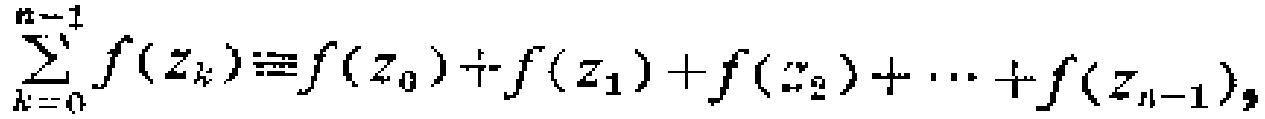
\(\sum_{k = 0}^{n - 1} f(z_{k}) \equiv f(z_{0})+f(z_{1})+f(z_{2})+\cdots +f(z_{n - 1})\)